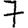
Digit: 7